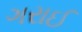
ગરાઈ